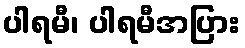
ပါရမီ၊ ပါရမီအပြား